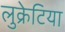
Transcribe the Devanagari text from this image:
लुक्रेटिया